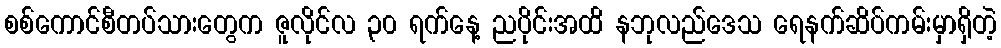
စစ်ကောင်စီတပ်သားတွေက ဇူလိုင်လ ၃၀ ရက်နေ့ ညပိုင်းအထိ နဘုလည်ဒေသ ရေနက်ဆိပ်ကမ်းမှာရှိတဲ့